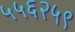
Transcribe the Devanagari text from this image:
५५६२५९